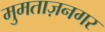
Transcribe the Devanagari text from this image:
मुमताज़नगर